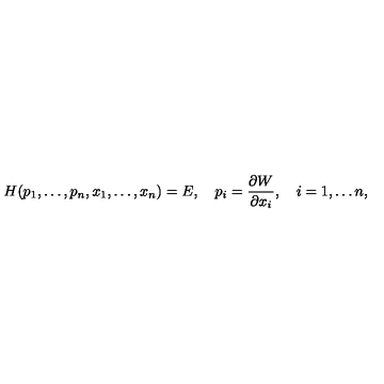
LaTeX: H ( p _ { 1 } , \ldots , p _ { n } , x _ { 1 } , \ldots , x _ { n } ) = E , \quad p _ { i } = { \frac { \partial W } { \partial x _ { i } } } , \quad i = 1 , \ldots n ,